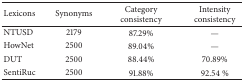
| Lexicons | Synonyms | Category consistency | Intensity consistency |
 | --- | --- | --- | --- |
 | NTUSD | 2179 | 87.29% | — |
 | HowNet | 2500 | 89.04% | — |
 | DUT | 2500 | 88.44% | 70.89% |
 | SentiRuc | 2500 | 91.88% | 92.54 % |